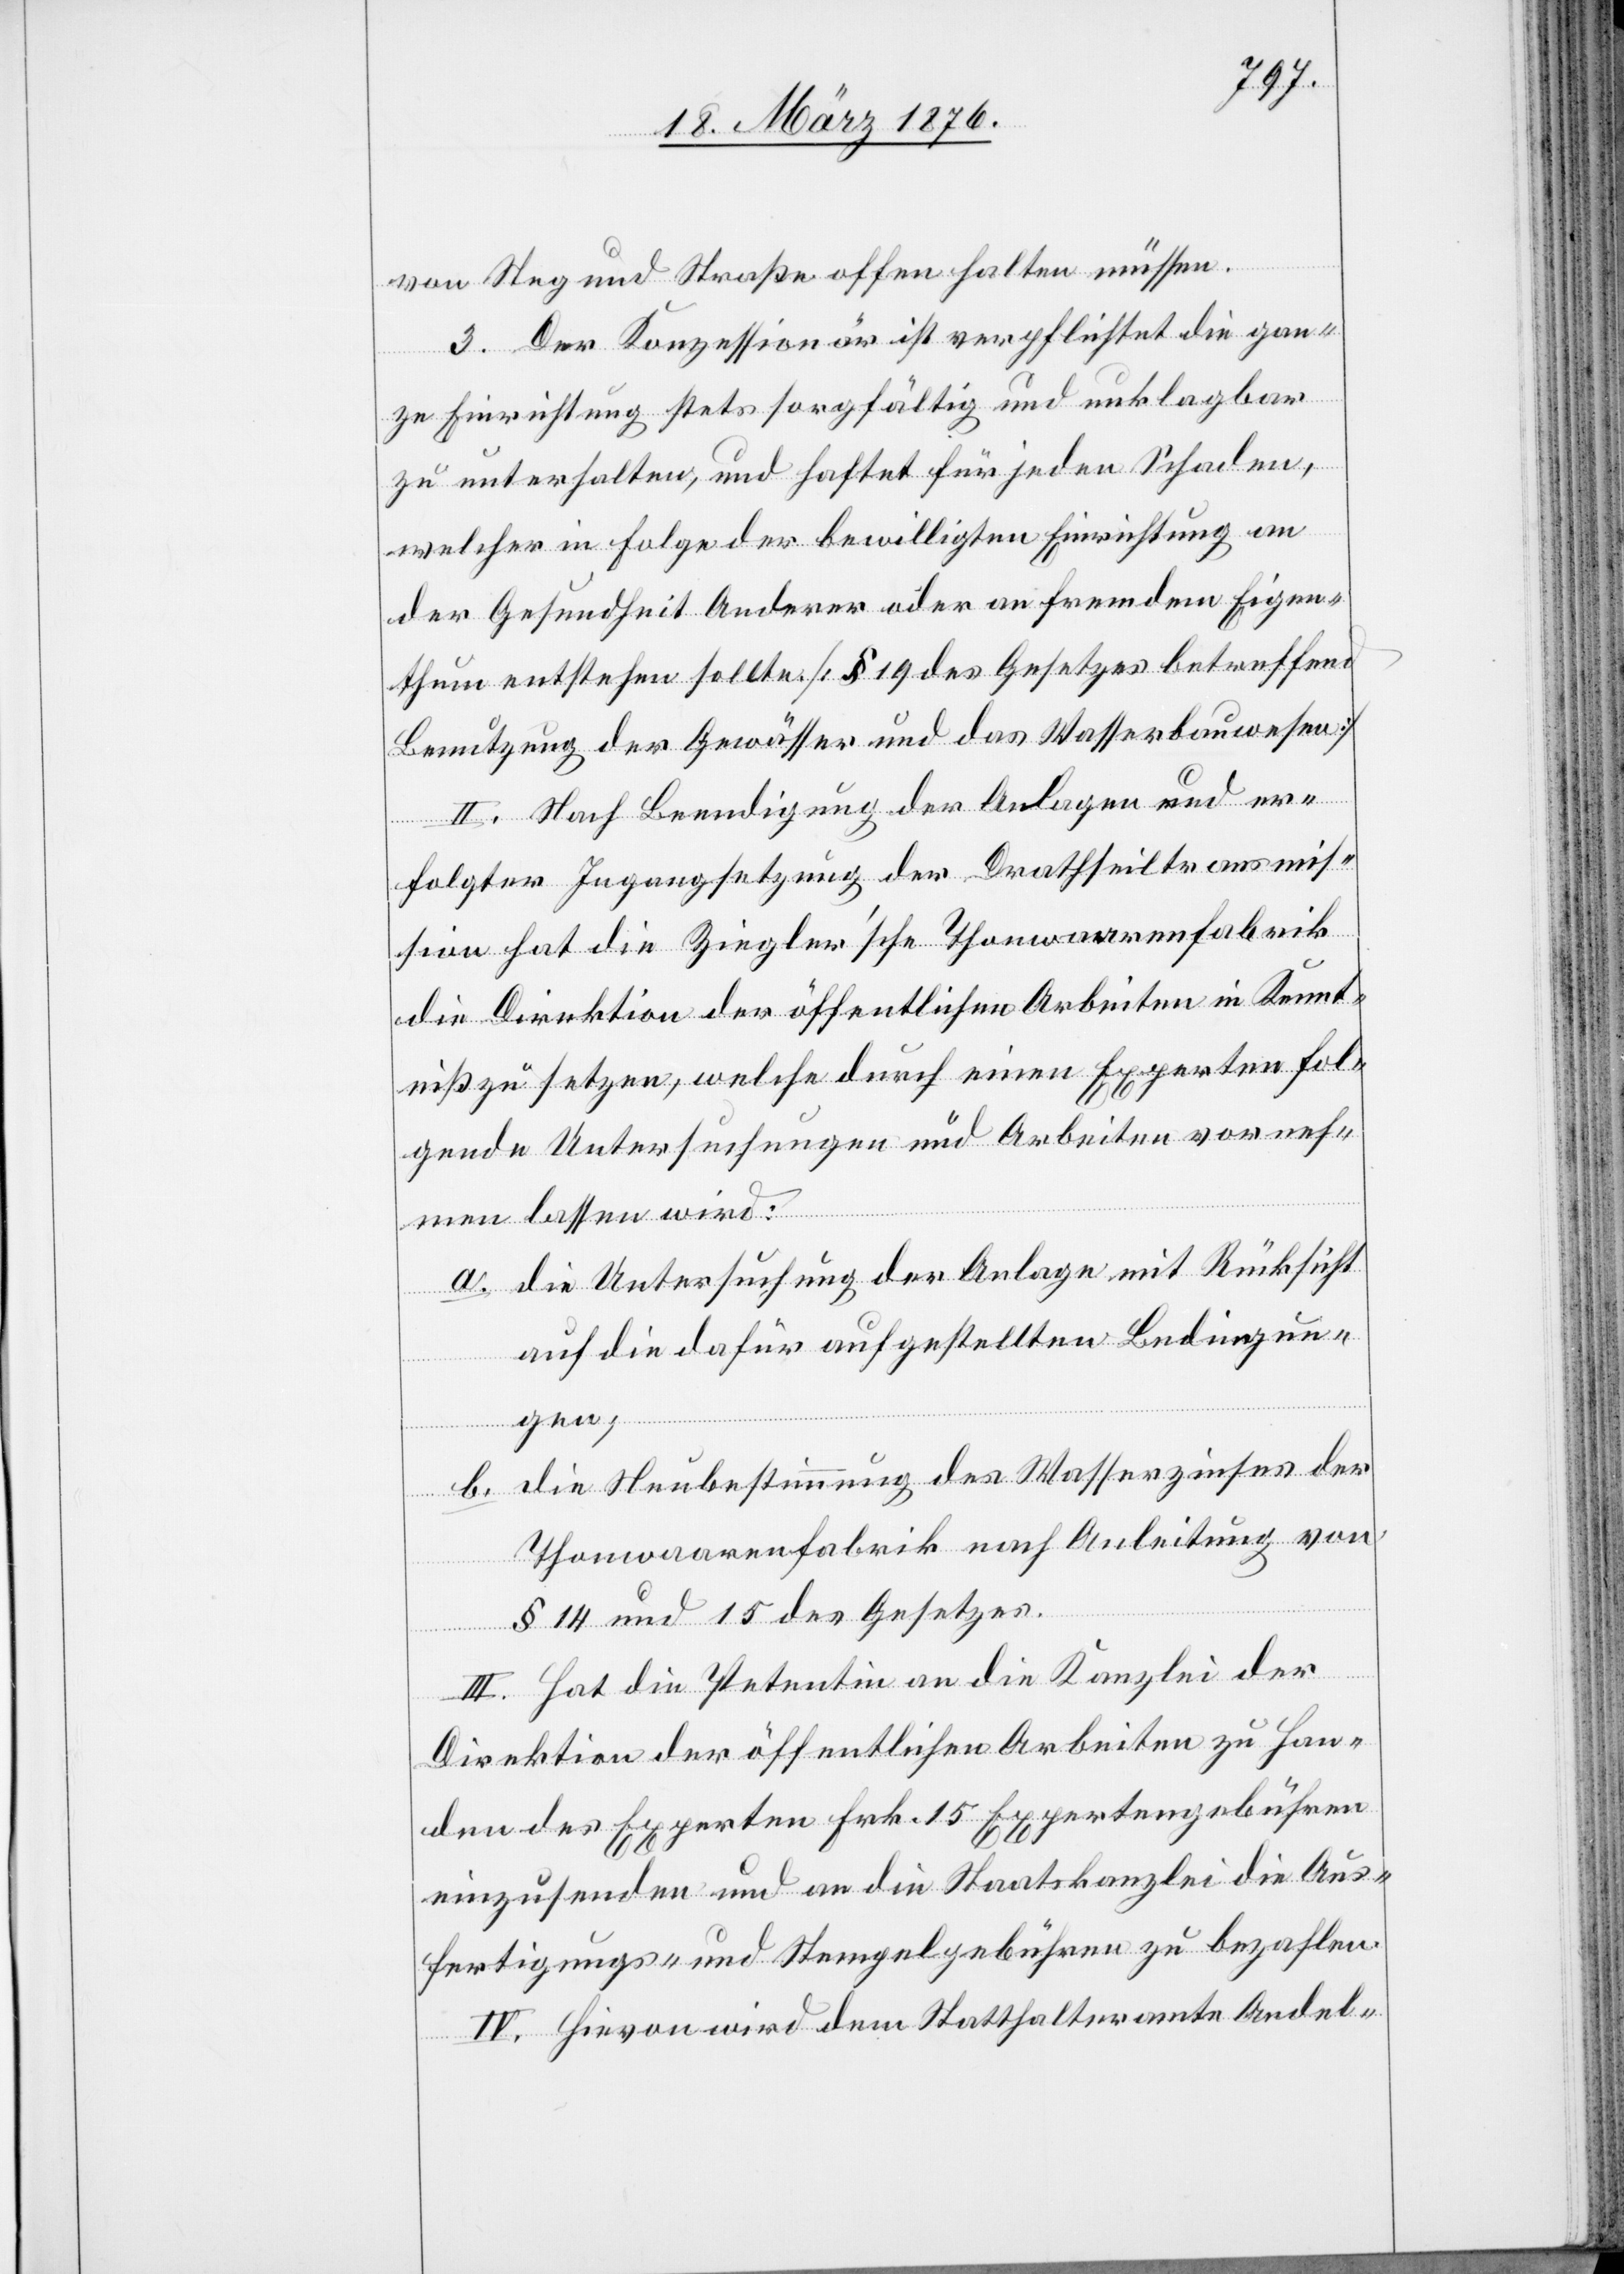
von Steg und Straße offen halten müssen.
3. Der Konzessionär ist verpflichtet die gan¬
ze Einrichtung stets sorgfältig und unklagbar
zu unterhalten, und haftet für jeden Schaden,
welcher in Folge der bewilligten Einrichtung an
der Gesundheit Anderer oder an fremdem Eigen¬
thum entstehen sollte [§ 19 des Gesetzes betreffend
Benutzung der Gewässer und des Wasserbauwesen]
II. Nach Beendigung der Anlagen und er¬
folgter Ingangsetzung der Drathseiltransmis¬
sion hat die Ziegler’sche Thonwaarenfabrik
die Direktion der öffentlichen Arbeiten in Kennt¬
niß zu setzen, welche durch einen Experten fol¬
gende Untersuchungen und Arbeiten vorneh¬
men lassen wird.
a. die Untersuchung der Anlage mit Rücksicht
auf die dafür aufgestellten Bedingun¬
gen;
b. die Neubestimmung des Wasserzinses der
Thonwaarenfabrik nach Anleitung von
§ 14 und 15 des Gesetzes.
III. Hat die Petentin an die Kanzlei der
Direktion der öffentlichen Arbeiten zu Han¬
den des Experten Frk. 15 Expertengebühren
einzusenden und an die Staatskanzlei die Aus¬
fertigungs- und Stempelgebühren zu bezahlen.
IV. Hievon wird dem Statthalteramte Andel-